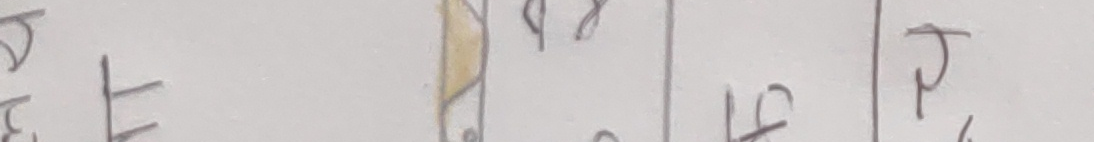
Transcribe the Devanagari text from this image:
रप५४प
झढढप